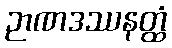
ဉာဏဒဿနတ္ထံ